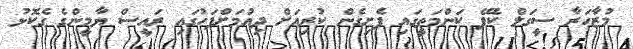
މުޒާހަރާ ސީގަލް ކެފޭ ކަންމަތީގައި ފެށިގެން ކުރިއަށް ދިއުމަށްފަހުގައި ރައީސް ޔާމީންގެ ގެކޮޅު